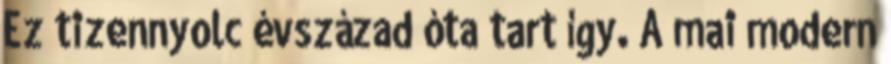
Ez tizennyolc évszázad óta tart így. A mai modern